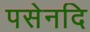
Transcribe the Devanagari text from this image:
पसेनदि